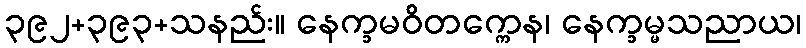
၃၉၂+၃၉၃+သနည်း။ နေက္ခမဝိတက္ကေန၊ နေက္ခမ္မသညာယ၊